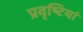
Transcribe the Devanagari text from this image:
प्रवृष्‍टियां